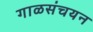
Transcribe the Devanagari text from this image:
गाळसंचयन